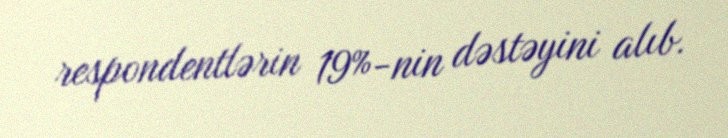
respondentlərin 19%-nin dəstəyini alıb.